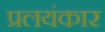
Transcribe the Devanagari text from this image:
प्रलयंकार